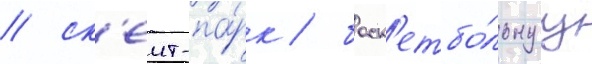
/ ск'еит-па́рк / баск'етбо́льнуу